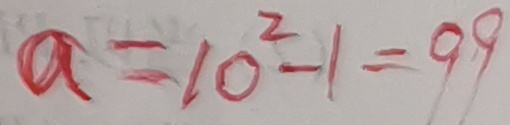
a = 1 0 ^ { 2 } - 1 = 9 9